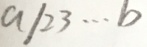
a 1 2 3 \cdots b